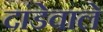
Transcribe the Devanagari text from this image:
दांडेवाले